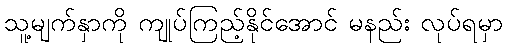
သူ့မျက်နှာကို ကျုပ်ကြည့်နိုင်အောင် မနည်း လုပ်ရမှာ